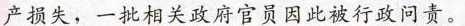
产损失，一批相关政府官员因此被行政问责。